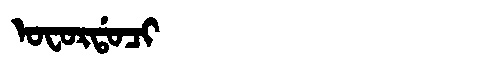
Manchu: ᠣᠸᠣᡵᡩᠣᠴᡳ
Romanization: OFORDOCI